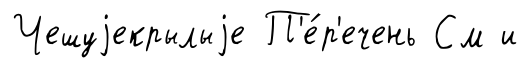
Чешуjекрылыjе П'е́р'ечень См и